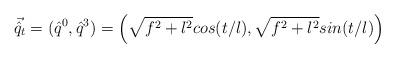
LaTeX: \begin{align*}\vec{\hat{q}}_t = ( \hat{q}^0, \hat{q}^3) = \left( \sqrt{f^2 +l^2} cos(t/l),\sqrt{f^2 + l^2} sin(t/l) \right)\end{align*}